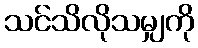
သင်သိလိုသမျှကို